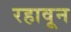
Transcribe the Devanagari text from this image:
रहावून